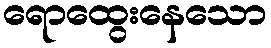
ရောထွေးနေသော